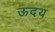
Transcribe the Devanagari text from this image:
ऊदय